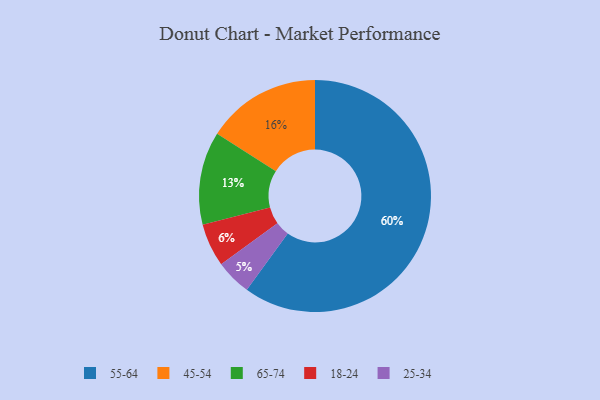
{"axis": {"x": "Category", "y": "Percentage"}, "legend": ["18-24", "25-34", "45-54", "55-64", "65-74"], "data": [{"x": "55-64", "y": 60, "type": "55-64"}, {"x": "25-34", "y": 5, "type": "25-34"}, {"x": "45-54", "y": 16, "type": "45-54"}, {"x": "18-24", "y": 6, "type": "18-24"}, {"x": "65-74", "y": 13, "type": "65-74"}]}